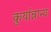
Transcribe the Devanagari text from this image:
कुर्यान्नान्यः